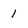
Character: 1